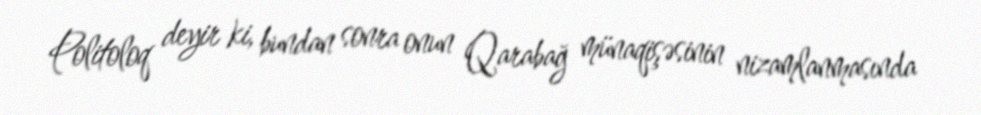
Politoloq deyir ki, bundan sonra onun Qarabağ münaqişəsinin nizamlanmasında